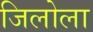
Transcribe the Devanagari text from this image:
जिलोला